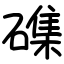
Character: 磼